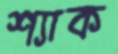
শ্যাক